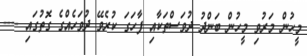
މީހުން މަރުވި މީހުން ބަންދު ދުވަސްތަކާއި ފާހަގަ ކުރެވޭ ދުވަހެއްގެ ގޮތުގައި ----